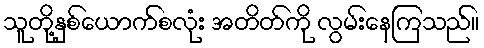
သူတို့နှစ်ယောက်စလုံး အတိတ်ကို လွမ်းနေကြသည်။